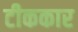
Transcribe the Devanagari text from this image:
टीककार